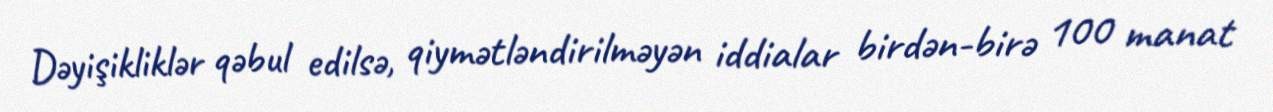
Dəyişikliklər qəbul edilsə, qiymətləndirilməyən iddialar birdən-birə 100 manat